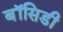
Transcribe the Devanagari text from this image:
बॉसिडी